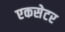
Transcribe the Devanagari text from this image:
एकसेटर